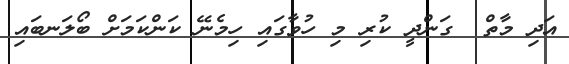
އަދި މާތް  ގަންދީ ކުރި މި ހުވާގައި ހިމެނޭ ކަންކަމަށް ބޯލަނބައި